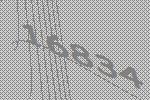
16834